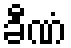
ခီဏံ